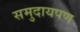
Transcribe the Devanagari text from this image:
समुदायपण